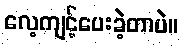
လေ့ကျင့်ပေးခဲ့တာပဲ။